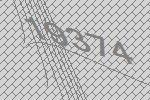
19374